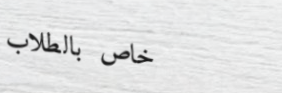
خاص بالطلاب